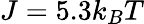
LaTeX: J=5.3k_{B}T